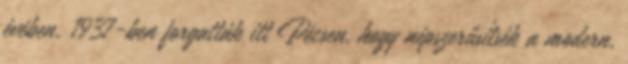
évében, 1937-ben forgatták itt Pécsen, hogy népszerűsítsék a modern,